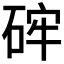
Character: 𥒪